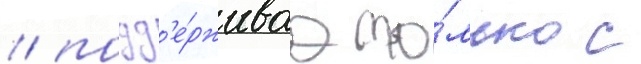
/ подд'е́рживаа то́лько с